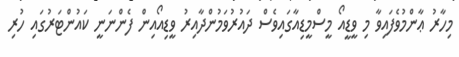
މިހާރު ޢާންމުވެފައިވާ މި ވީޑީއޯ މީސްމީޑިއާގައިވެސް ދައުރުވަމުންދާއިރު ވީޑިއޯއިން ފެންނަނީ ކައުންޓަރުގައި ހުރި